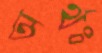
অর্থঃ